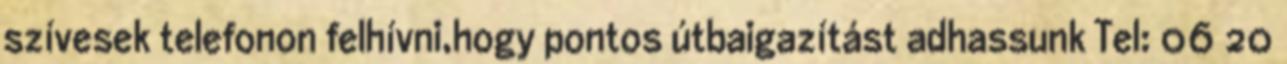
szívesek telefonon felhívni,hogy pontos útbaigazítást adhassunk Tel: 06 20